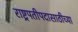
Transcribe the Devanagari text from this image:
राष्ट्रपतीपदासाठीच्या